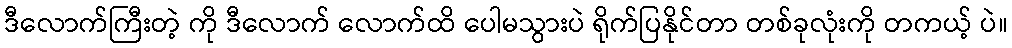
ဒီလောက်ကြီးတဲ့ ကို ဒီလောက် လောက်ထိ ပေါမသွားပဲ ရိုက်ပြနိုင်တာ တစ်ခုလုံးကို တကယ့် ပဲ။